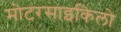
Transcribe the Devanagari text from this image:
मोटरसाइकिलो